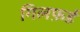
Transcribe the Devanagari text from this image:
गिलफ़र्ड